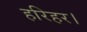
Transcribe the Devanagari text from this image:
हरिहर।